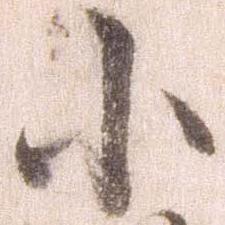
小